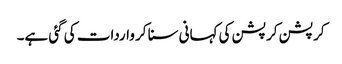
کرپشن کرپشن کی کہانی سنا کر واردات کی گئی ہے۔